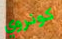
كونروي